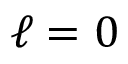
\ell = 0